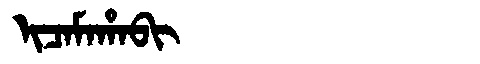
Manchu: ᡳᠴᠠᠮᠠᡥᠠᠪᡳ
Romanization: ICAMAHABI